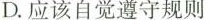
D.应该自觉遵守规则